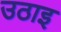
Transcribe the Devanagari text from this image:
उठाइ